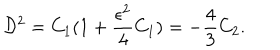
{ \cal D } ^ { 2 } = C _ { 1 } ( 1 + \frac { \epsilon ^ { 2 } } { 4 } C _ { 1 } ) = - \frac { 4 } { 3 } C _ { 2 } .